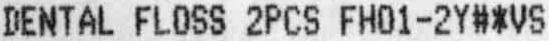
DENTAL FLOSS 2PCS FH01-2Y#*VS